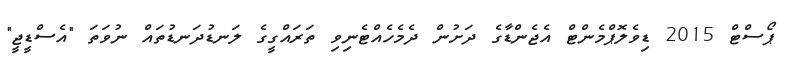
ޕޯސްޓް 2015 ޑިވެލޮޕްމެންޓް އެޖެންޑާގެ ދަށުން ދެމެހެއްޓެނިވި ތަރައްގީގެ ލަނޑުދަނޑުތައް ނުވަތަ "އެސްޑީޖީ"